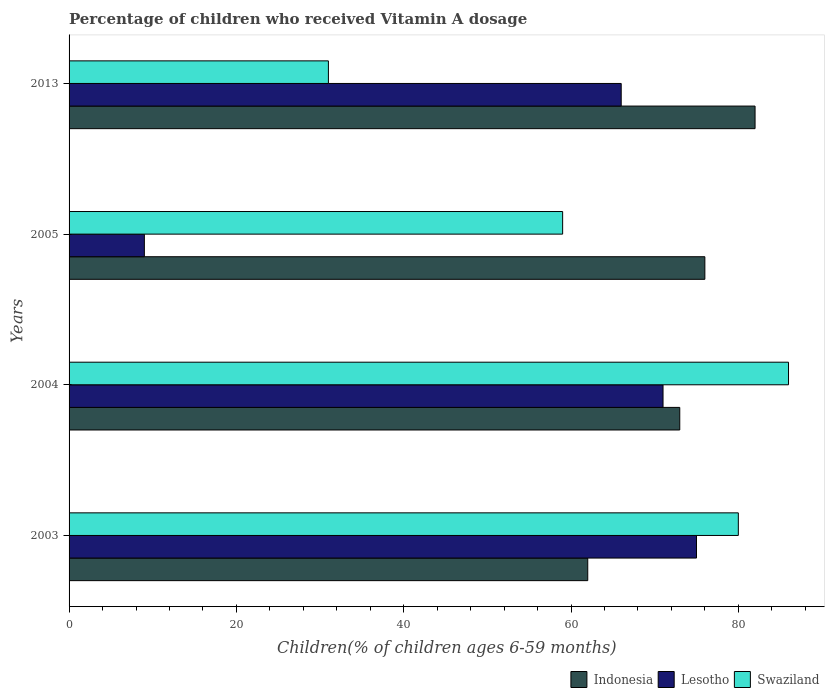
| Years | Indonesia | Lesotho | Swaziland |
 | --- | --- | --- | --- |
 | 2003 | 62 | 75 | 80 |
 | 2004 | 73 | 71 | 86 |
 | 2005 | 76 | 9 | 59 |
 | 2013 | 82 | 66 | 31 |